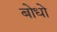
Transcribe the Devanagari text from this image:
बोधो